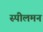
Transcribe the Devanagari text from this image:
स्पीलमन